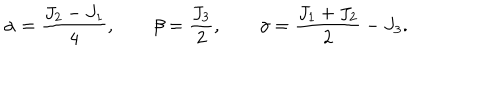
LaTeX: \alpha = \frac { J _ { 2 } - J _ { 1 } } { 4 } , \qquad \beta = \frac { J _ { 3 } } { 2 } , \qquad \gamma = \frac { J _ { 1 } + J _ { 2 } } { 2 } - J _ { 3 } .